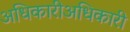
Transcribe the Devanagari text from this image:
अधिकारीअधिकारी